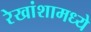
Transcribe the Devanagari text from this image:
रेखांशामध्ये